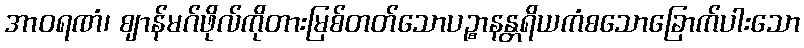
အာဝရဏံ၊ ဈာန်မဂ်ဖိုလ်ကိုတားမြစ်တတ်သောပဉ္စာနန္တရိယကံစသောခြောက်ပါးသော